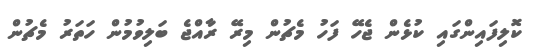
ކޮލިފައިންގައި ކުޅެން ޖެހޭ ފަހު މެޗުން މިރޭ ރާއްޖެ ބަލިވުމުން ހަތަރު މެޗުން